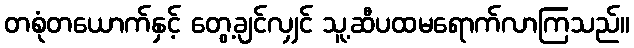
တစုံတယောက်နှင့် တွေ့ချင်လျှင် သူ့ဆီပထမရောက်လာကြသည်။